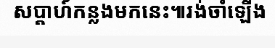
សប្តាហ៍កន្លងមកនេះ៕រង់ចាំឡើង